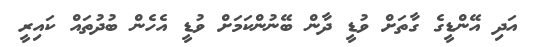
އަދި އޭންޑީގެ ގާތަށް ވުޑީ ދާން ބޭނުންކަމަށް ވުޑީ އެހެން ބުދުތައް ކައިރީ